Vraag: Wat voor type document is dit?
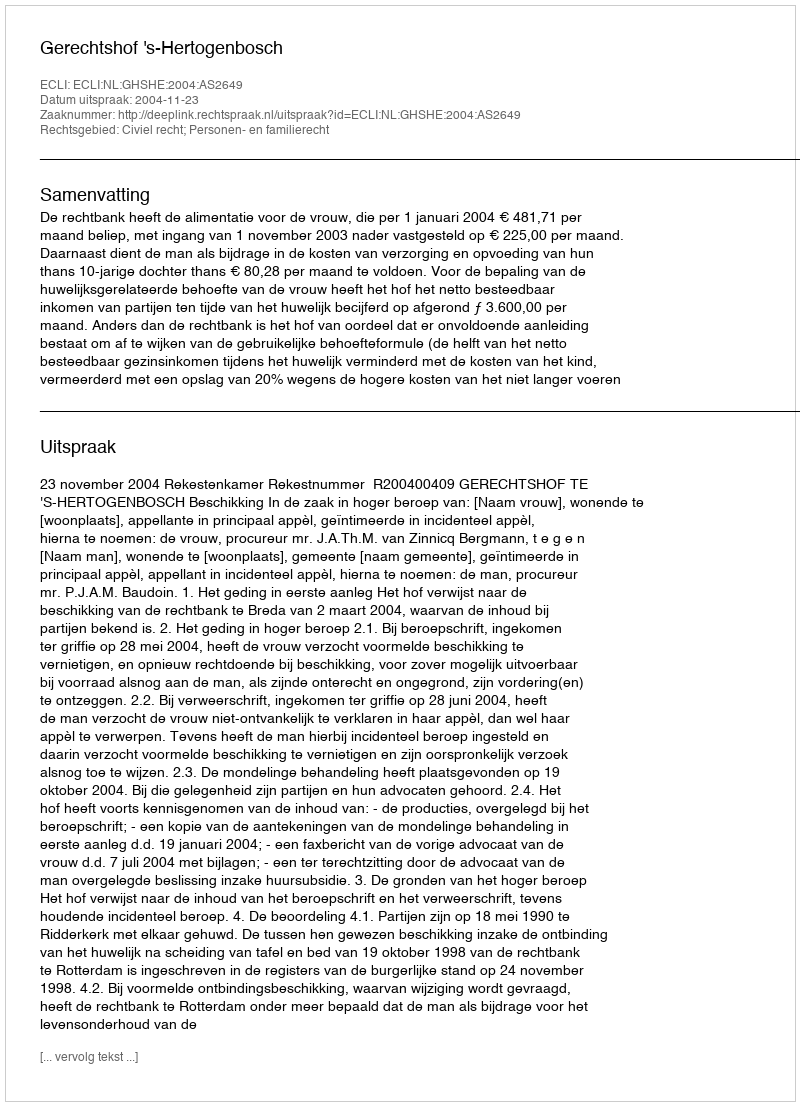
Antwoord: Uitspraak